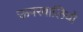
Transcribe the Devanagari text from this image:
ऊपरवालियों